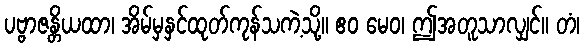
ပဗ္ဗာဇန္တိယထာ၊ အိမ်မှနှင်ထုတ်ကုန်သကဲ့သို့။ ဧဝ မေဝ၊ ဤအတူသာလျှင်။ တံ၊